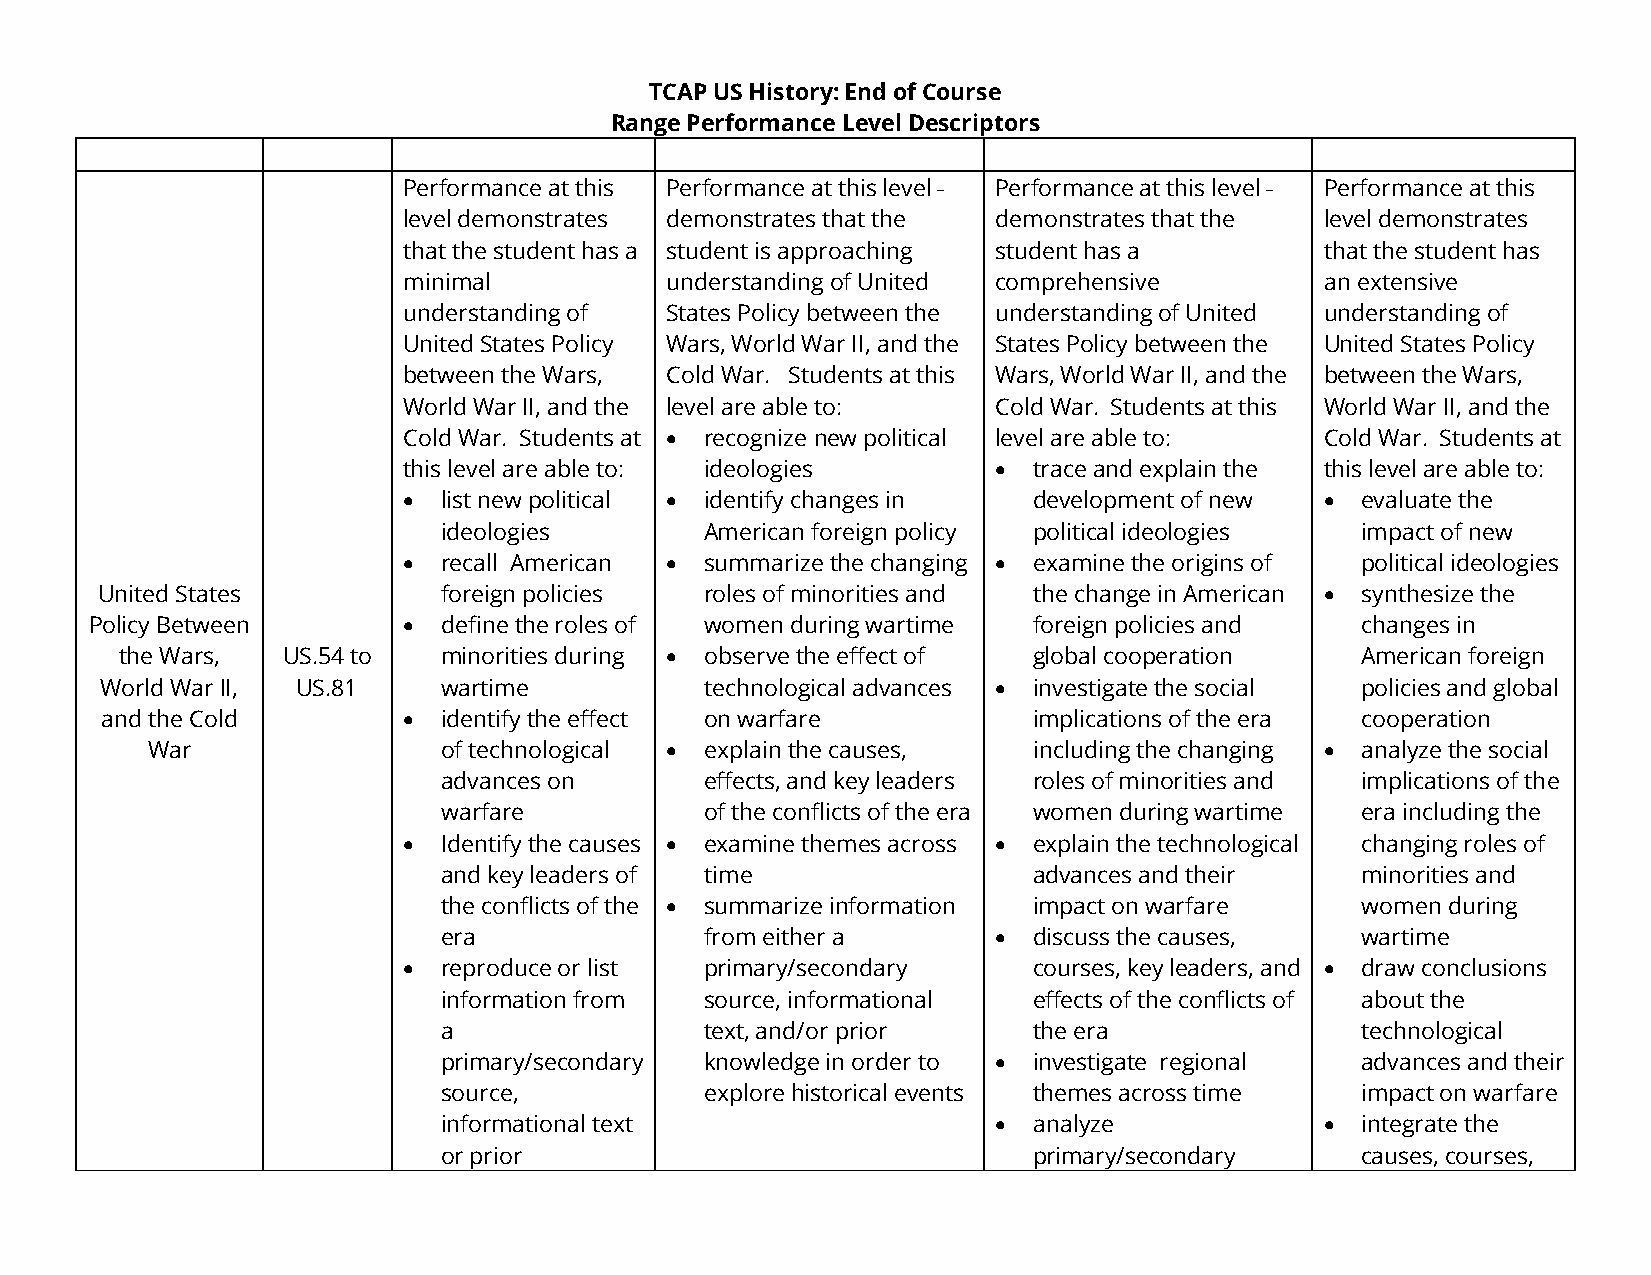
TCAP US History: End of Course
 Range Performance Level Descriptors
 Performance at this Performance at this level Performance at this level Performance at this
 level demonstrates demonstrates that the demonstrates that the level demonstrates
 that the student has a student is approaching student has a  that the student has
 minimal          understanding of United comprehensive       an extensive
 understanding of States Policy between the understanding of United understanding of
 United States Policy Wars, World War II, and the States Policy between the United States Policy
 between the Wars, Cold War. Students at this Wars, World War II, and the between the Wars,
 World War II, and the level are able to: Cold War. Students at this World War II, and the
 Cold War. Students at • recognize new political level are able to: Cold War. Students at
 this level are able to: ideologies     • trace and explain the this level are able to:
 • list new political • identify changes in development of new • evaluate the
 ideologies        American foreign policy political ideologies impact of new
 • recall American • summarize the changing • examine the origins of political ideologies
 United States          foreign policies  roles of minorities and the change in American • synthesize the
 Policy Between       • define the roles of women during wartime foreign policies and changes in
 the Wars,  US.54 to  minorities during • observe the effect of global cooperation American foreign
 World War II, US.81   wartime           technological advances • investigate the social policies and global
 and the Cold        • identify the effect on warfare         implications of the era cooperation
 War                of technological • explain the causes, including the changing • analyze the social
 advances on       effects, and key leaders roles of minorities and implications of the
 warfare           of the conflicts of the era women during wartime era including the
 • Identify the causes • examine themes across • explain the technological changing roles of
 and key leaders of time                advances and their    minorities and
 the conflicts of the • summarize information impact on warfare women during
 era               from either a      • discuss the causes,   wartime
 • reproduce or list primary/secondary    courses, key leaders, and • draw conclusions
 information from  source, informational effects of the conflicts of about the
 a                 text, and/or prior   the era               technological
 primary/secondary knowledge in order to • investigate regional advances and their
 source,           explore historical events t h emes across time impact on warfare
 informational text                   • analyze             • integrate the
 or prior                               primary/secondary     causes, courses,